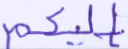
إليكم